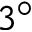
3 ^ { \circ }